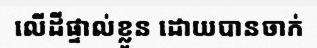
លើដីផ្ទាល់ខ្លួន ដោយបានចាក់